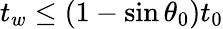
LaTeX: t_{w}\le(1-\sin\theta_{0})t_{0}